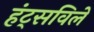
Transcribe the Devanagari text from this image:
हंट्सविले